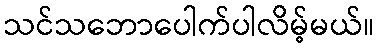
သင်သဘောပေါက်ပါလိမ့်မယ်။